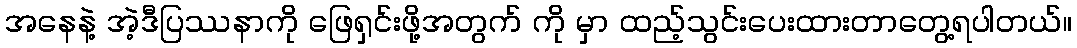
အနေနဲ့ အဲ့ဒီပြဿနာကို ဖြေရှင်းဖို့အတွက် ကို မှာ ထည့်သွင်းပေးထားတာတွေ့ရပါတယ်။